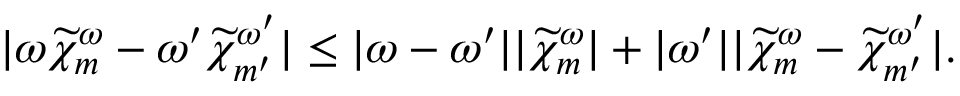
| \omega \widetilde { \chi } _ { m } ^ { \omega } - \omega ^ { \prime } \widetilde { \chi } _ { m ^ { \prime } } ^ { \omega ^ { \prime } } | \leq | \omega - \omega ^ { \prime } | | \widetilde { \chi } _ { m } ^ { \omega } | + | \omega ^ { \prime } | | \widetilde { \chi } _ { m } ^ { \omega } - \widetilde { \chi } _ { m ^ { \prime } } ^ { \omega ^ { \prime } } | .